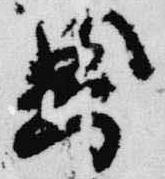
典